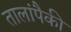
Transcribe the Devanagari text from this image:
तालांपैकी